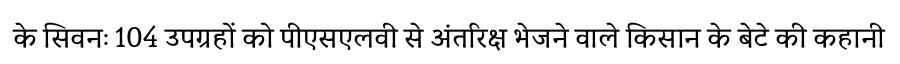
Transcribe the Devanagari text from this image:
के सिवनः 104 उपग्रहों को पीएसएलवी से अंतरिक्ष भेजने वाले किसान के बेटे की कहानी